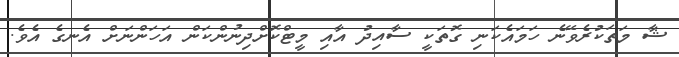
ޝާ މަތަކުރެވޭނެ ހަމައެކަނި ގޮތަކީ ސާއިދު އާއި މީޓްކޮށްދިނުންކަން އަހަންނަށް އެނގެ އެވެ.